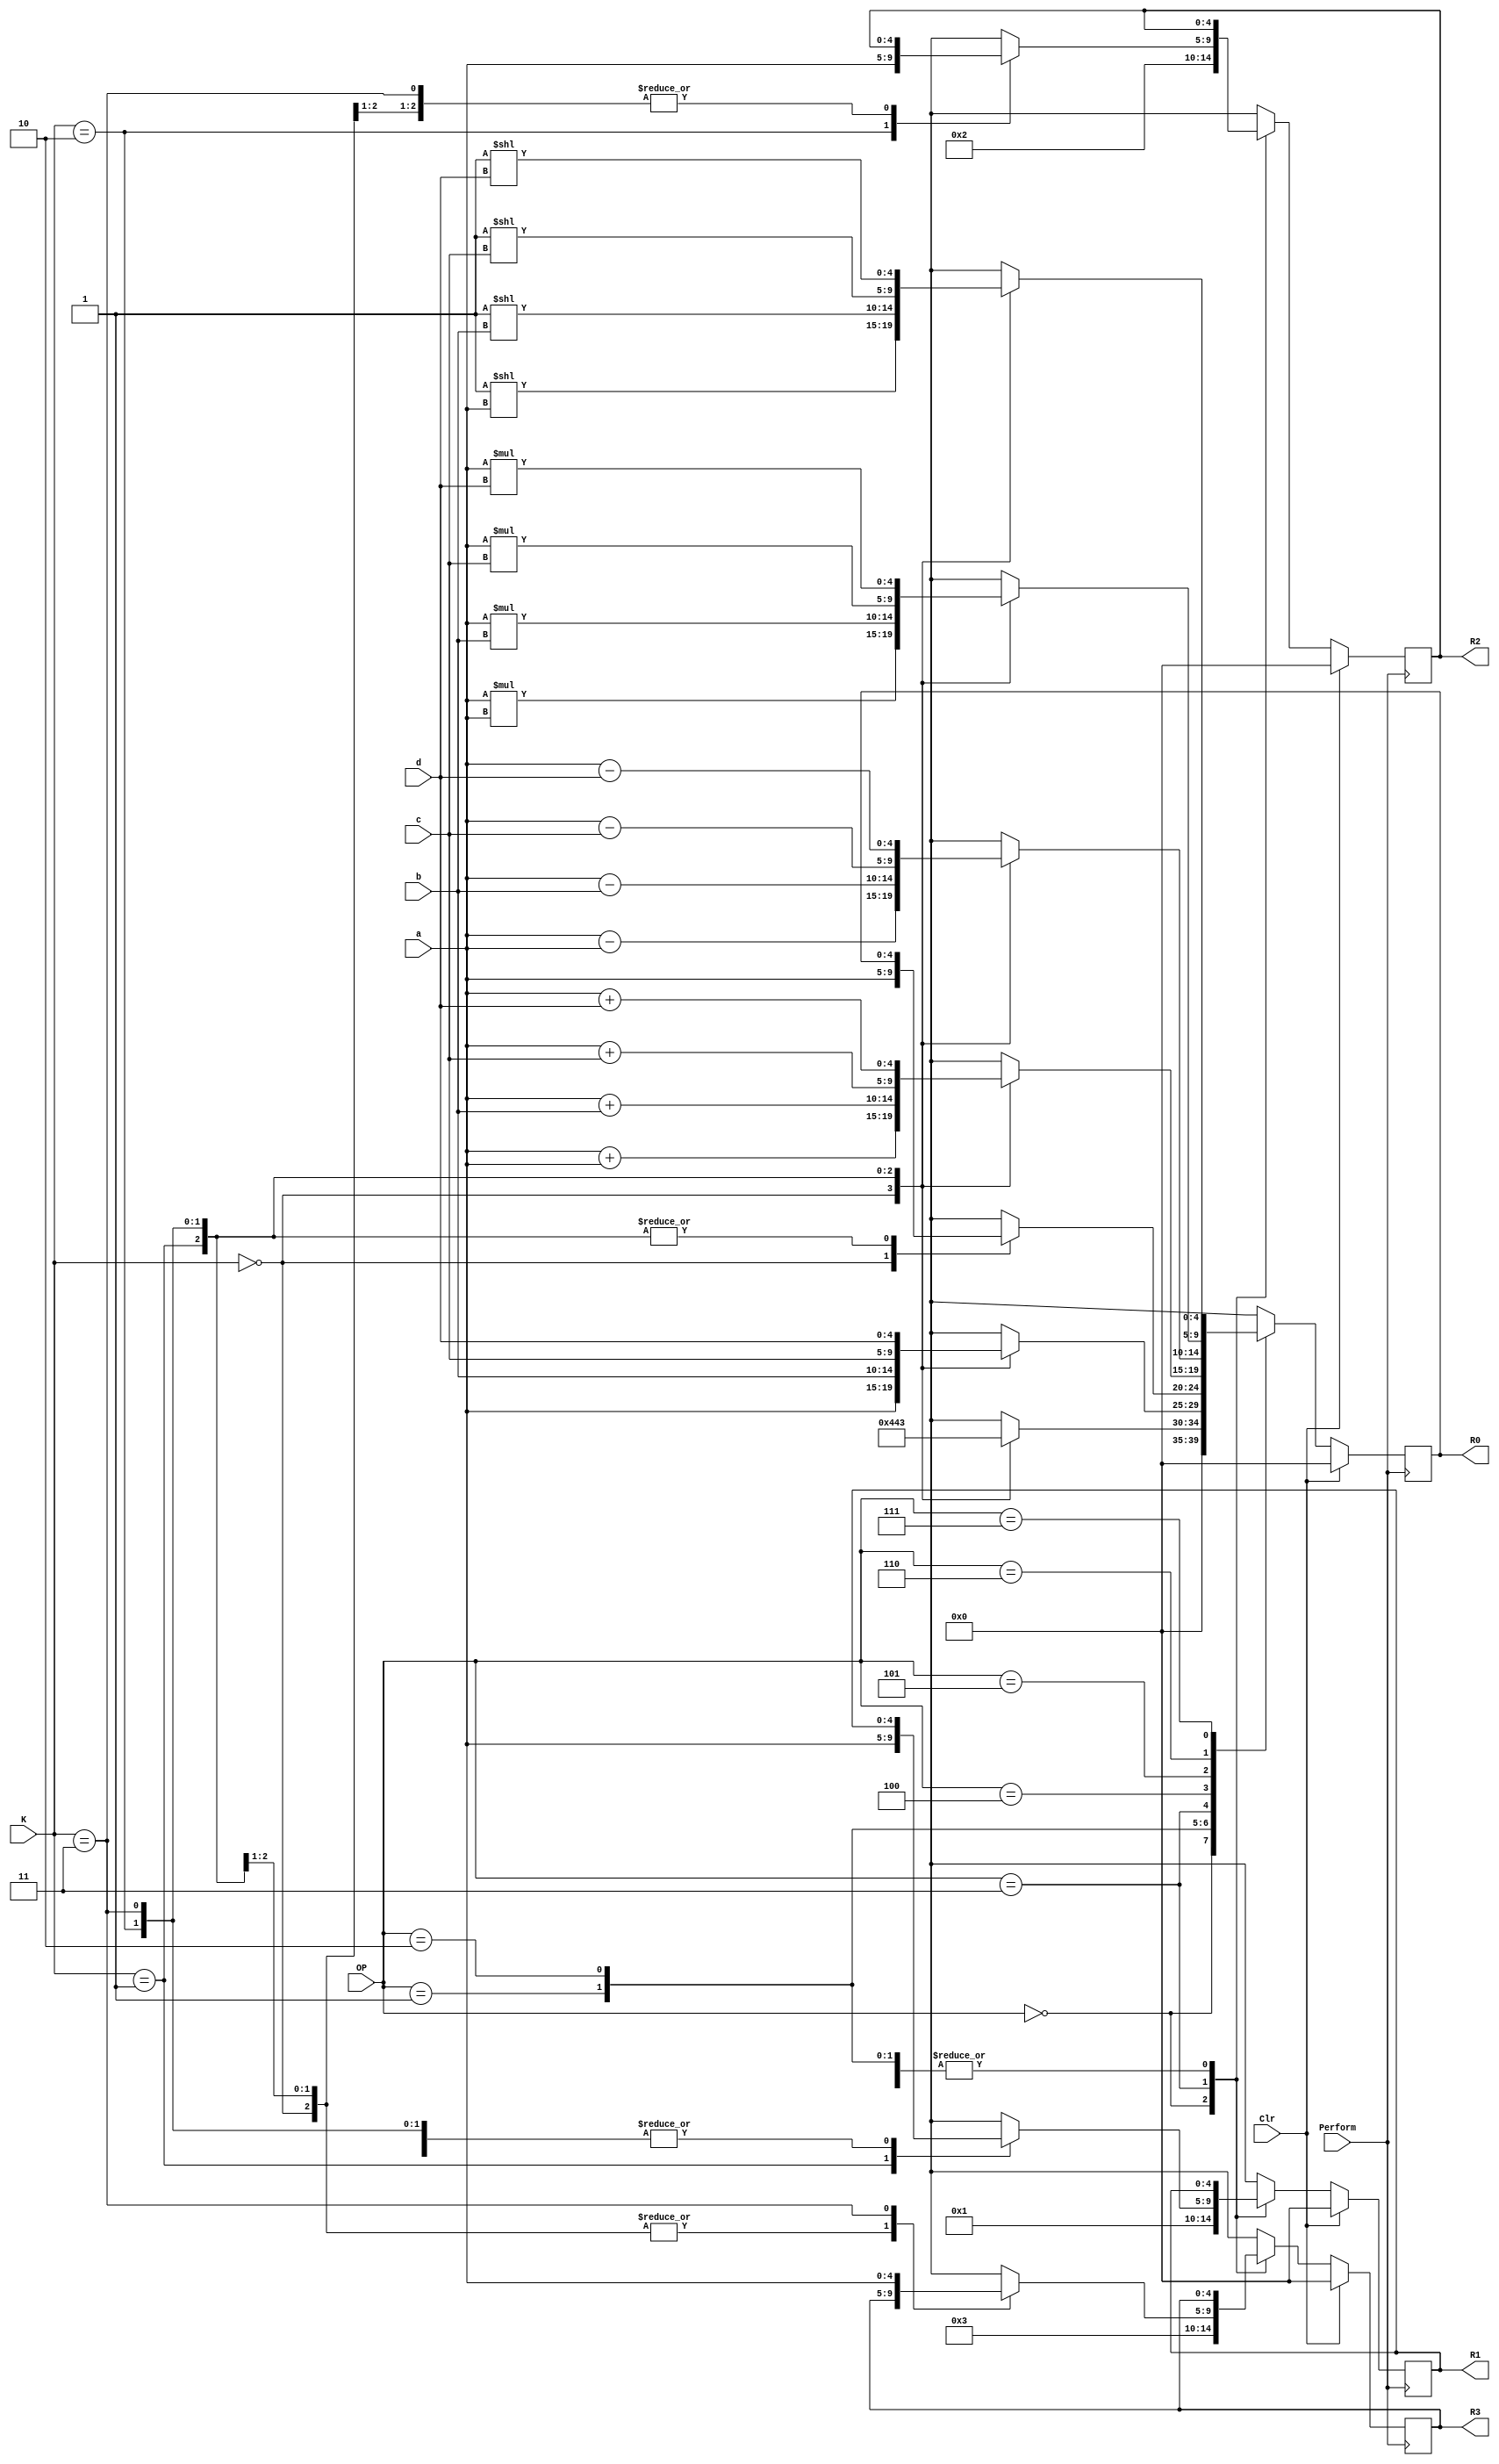
module RegisterSwitchorALU(Perform, OP, K, Clr, a, b, c, d, R0, R1, R2, R3);

	// a, b, c, d stand for their respective registers
	input [4:0] a, b, c, d;
	input [2:0] OP;
	input [1:0] K;
	input Perform, Clr;

	output [4:0] R0, R1, R2, R3;
	reg [4:0] R0, R1, R2, R3;
	// Might need to add a carryout bit
	
	
	always @(posedge Perform)
		begin
			case(OP)
				3'b000: begin
					R0 = 3'b000;
					R1 = 3'b001;
					R2 = 3'b010;
					R3 = 3'b011;
				end
				3'b001: begin
					case(K)
					2'b00: R0 = 5'b00000;
					2'b01: R0 = 5'b00001;
					2'b10: R0 = 5'b00010;
					2'b11: R0 = 5'b00011;
					endcase
				end
				3'b010: begin
					case(K)
					2'b00: R0 = a;
					2'b01: R0 = b;
					2'b10: R0 = c;
					2'b11: R0 = d;
					endcase
				end
				3'b011: begin
					case(K)
					2'b00: R0 = a;
					2'b01: R1 = a;
					2'b10: R2 = a;
					2'b11: R3 = a;
					endcase
				end
				3'b100: begin
					case(K)
					2'b00: R0 = a + a;
					2'b01: R0 = a + b;
					2'b10: R0 = a + c;
					2'b11: R0 = a + d;
					endcase
				end
				3'b101: begin
					case(K)
					2'b00: R0 = a - a;
					2'b01: R0 = a - b;
					2'b10: R0 = a - c;
					2'b11: R0 = a - d;
					endcase
				end
				3'b110: begin
					case(K)
					2'b00: R0 = a * a;
					2'b01: R0 = a * b;
					2'b10: R0 = a * c;
					2'b11: R0 = a * d;
					endcase
				end
				3'b111: begin
					case(K)
					2'b00: R0 = 5'b00010 ** a;
					2'b01: R0 = 5'b00010 ** b;
					2'b10: R0 = 5'b00010 ** c;
					2'b11: R0 = 5'b00010 ** d;
					endcase
				end
			endcase
			if(Clr == 1)
			begin
				R0 = 5'b00000;
				R1 = 5'b00000;
				R2 = 5'b00000;
				R3 = 5'b00000;
			end
		end
		
endmodule